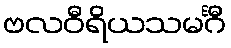
ဗလဝီရိယသမင်္ဂီ